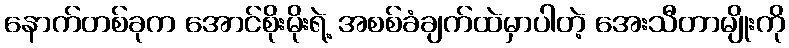
နောက်တစ်ခုက အောင်စိုးမိုးရဲ့ အစစ်ခံချက်ထဲမှာပါတဲ့ အေးသီတာမျိုးကို